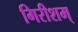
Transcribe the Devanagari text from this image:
गिरीशम्